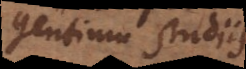
gentium studiis.